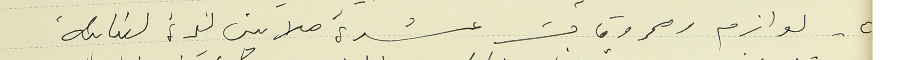
٥- لوازم ومحروقات عشرة ملايين ليرة لبنانية